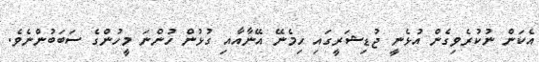
އެކަން ނުކުރެވިގެން އުޅެނީ ޖުޑިޝަރީގައި ހިމެނޭ އޭނާއާއި ގުޅުން ހުންނަ މީހުންގެ ސަބަބުންނެވެ.